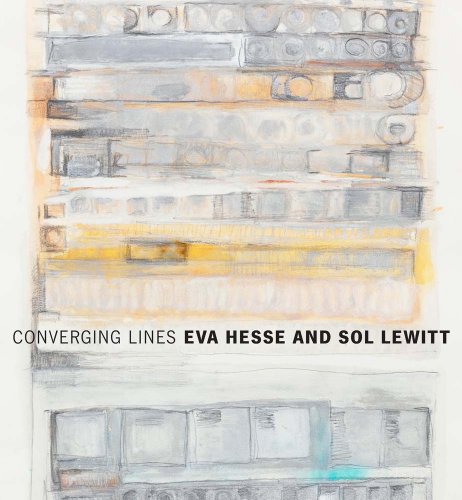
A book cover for Converging Lines: Eva Hesse and Sol LeWitt; Arts & Photography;